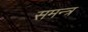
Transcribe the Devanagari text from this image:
समन्त्र